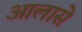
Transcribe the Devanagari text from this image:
आलासे